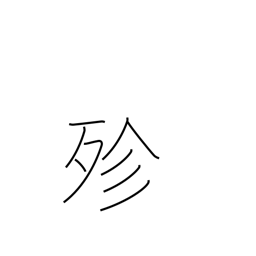
Meaning: all